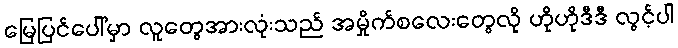
မြေပြင်ပေါ်မှာ လူတွေအားလုံးသည် အမှိုက်စလေးတွေလို ဟိုဟိုဒီဒီ လွင့်ပါ